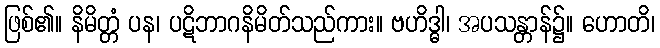
ဖြစ်၏။ နိမိတ္တံ ပန၊ ပဋိဘာဂနိမိတ်သည်ကား။ ဗဟိဒ္ဓါ၊ အပသန္တာန်၌။ ဟောတိ၊